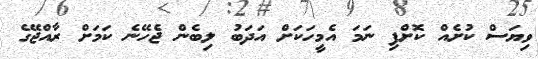
ވިޔަސް ކުށެއް ކޮށްފި ނަމަ އެމީހަކަށް އަދަބު ލިބެން ޖެހޭނެ ކަމަށް ރާއްޖޭގެ